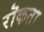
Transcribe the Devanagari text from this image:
रॊकता